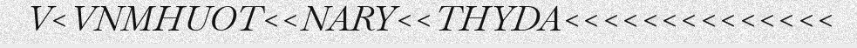
V<VNMHUOT<<NARY<<THYDA<<<<<<<<<<<<<<